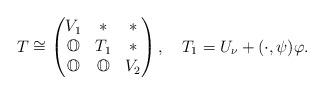
LaTeX: \begin{align*}T\cong\begin{pmatrix} V_1 & \ast & \ast \\ \mathbb O & T_1 & \ast\\ \mathbb O &\mathbb O & V_2\end{pmatrix}, \ \ \ T_1=U_\nu+(\cdot,\psi)\varphi.\end{align*}